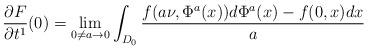
LaTeX: \begin{align*} \frac{\partial F}{\partial t^1}(0)=\lim_{0\neq a\to 0}\int_{D_0}\frac{f(a\nu,\Phi^a(x))d\Phi^a(x)-f(0,x)dx}{a}\end{align*}